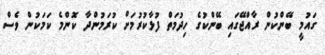
ގައުމީ ބޭންކުން ރާއްޖޭގައި ބޭންކުގެ ހިދުމަތް ފުޅާކުރުމަށް ކުރަމުންދާ ކޮންމެ ކަމަކުން ވެސް